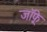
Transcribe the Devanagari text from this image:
जाॅफ़्रे